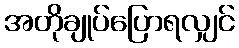
အတိုချုပ်ပြောရလျှင်